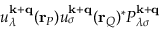
u _ { \lambda } ^ { \mathbf { k } + \mathbf { q } } ( \mathbf { r } _ { P } ) u _ { \sigma } ^ { \mathbf { k } + \mathbf { q } } ( \mathbf { r } _ { Q } ) ^ { * } P _ { \lambda \sigma } ^ { \mathbf { k } + \mathbf { q } }